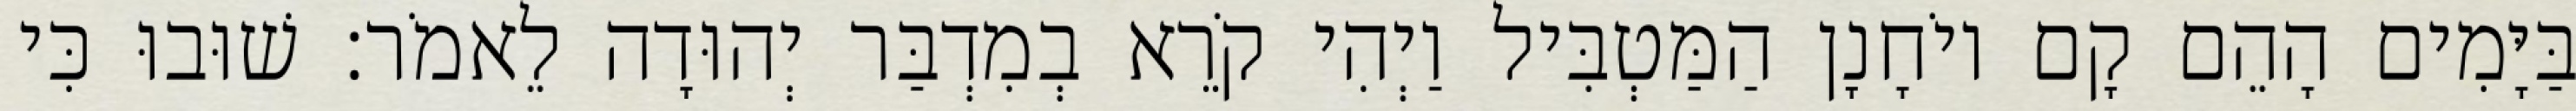
בַּיָּמִים הָהֵם קָם יוֹחָנָן הַמַּטְבִּיל וַיְהִי קֹרֵא בְמִדְבַּר יְהוּדָה לֵאמֹר׃ שׁוּבוּ כִּי